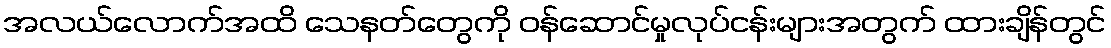
အလယ်လောက်အထိ သေနတ်တွေကို ဝန်ဆောင်မှုလုပ်ငန်းများအတွက် ထားချိန်တွင်